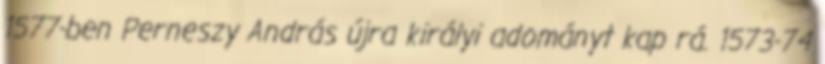
1577-ben Perneszy András újra királyi adományt kap rá. 1573-74